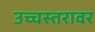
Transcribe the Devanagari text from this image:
उच्चस्तरावर